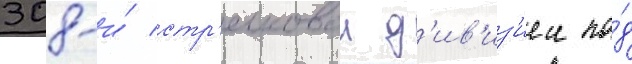
308-и́ стр'елковои д'ив'из'иеи по́д